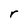
Character: r